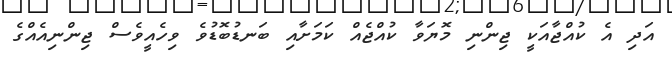
އަދި އެ ކުއްޖާއަކީ ޖިންނި މޮޔަވާ ކުއްޖެއް ކަމަށާއި ބަނޑުބޮޑުވެ ވިހެއީވެސް ޖިންނިއެއްގެ